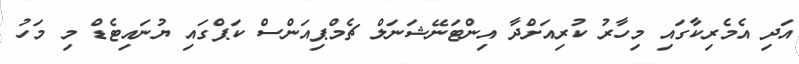
އަދި އެމެރިކާގައި މިހާރު ކުރިއަށްދާ އިންޓަނޭޝަނަލް ޗެމްޕިއަންސް ކަޕްގައި ޔުނައިޓެޑް މި މަހު